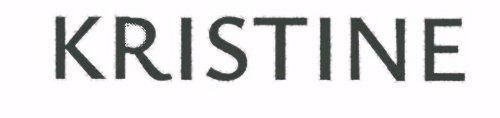
KRISTINE